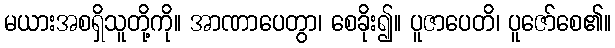
မယားအစရှိသူတို့ကို။ အာဏာပေတွာ၊ စေခိုး၍။ ပူဇာပေတိ၊ ပူဇော်စေ၏။